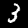
Digit: 3